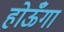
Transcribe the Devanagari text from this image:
होऊँगा